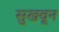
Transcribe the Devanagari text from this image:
सुखवून